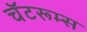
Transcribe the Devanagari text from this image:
चॅटरूम्स